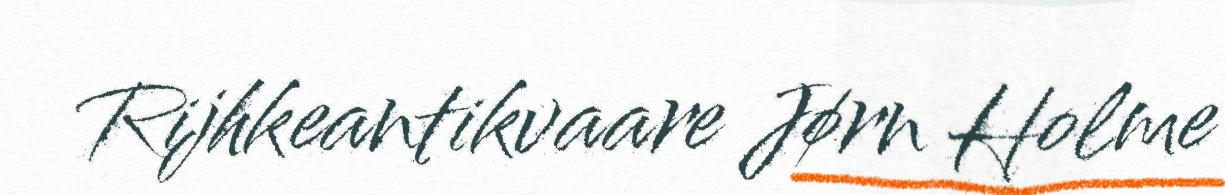
Rijhkeantikvaare Jørn Holme